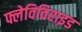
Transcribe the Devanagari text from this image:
फ्लेविविराइड